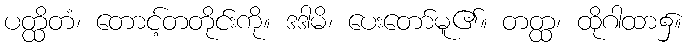
ပတ္ထိတံ၊ တောင့်တတိုင်းကို။ ဒဒါမိ၊ ပေးတော်မူ၏။ တတ္ထ၊ ထိုဂါထာ၌။